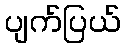
ပျက်ပြယ်